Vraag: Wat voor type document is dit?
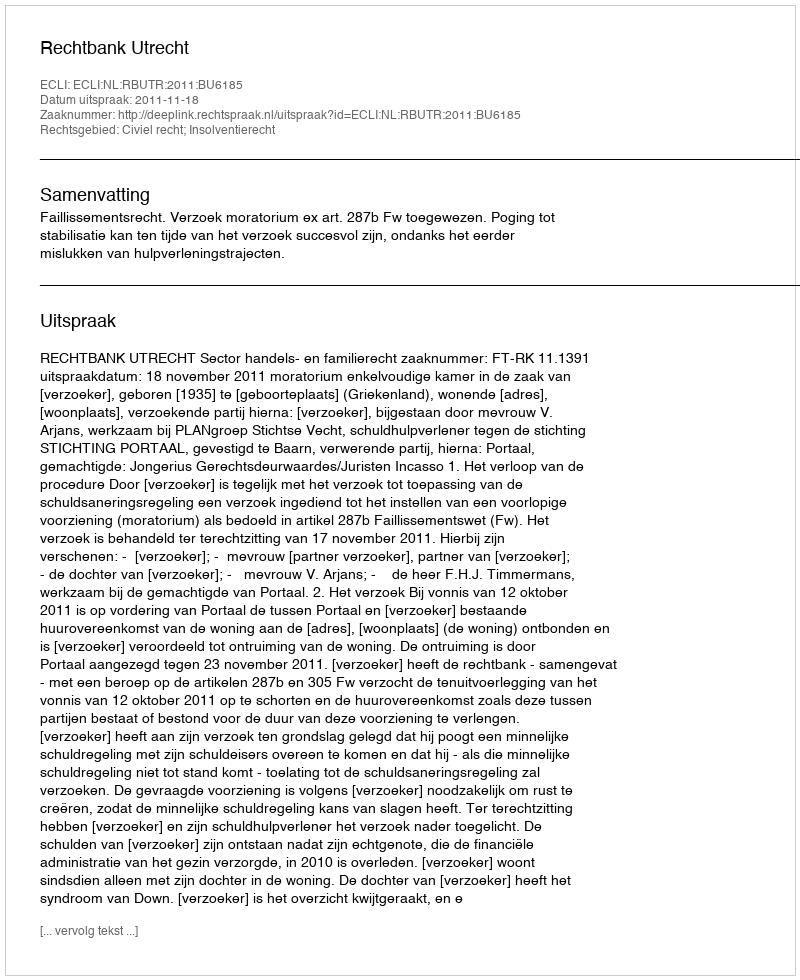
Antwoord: Uitspraak